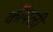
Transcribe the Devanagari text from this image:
कॉपली